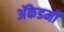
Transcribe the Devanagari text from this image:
अॅकेडमी